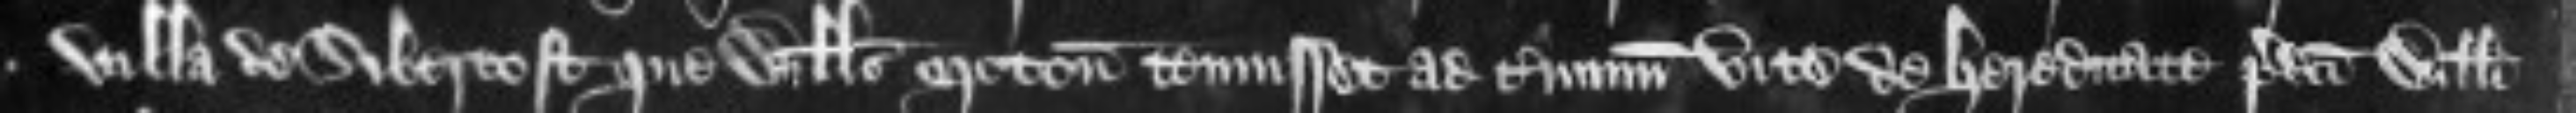
villa de Sibertoft que Willelmus Moton tenuisset ad terminum vite de hereditate predicti Willelmi